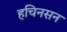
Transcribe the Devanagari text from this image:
हचिनसन